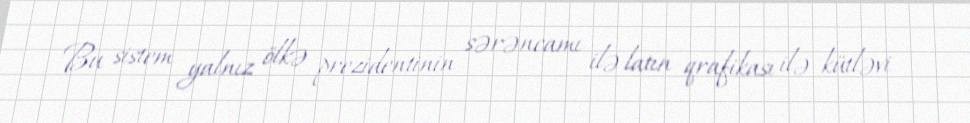
Bu sistem yalnız ölkə prezidentinin sərəncamı ilə latın qrafikası ilə kütləvi